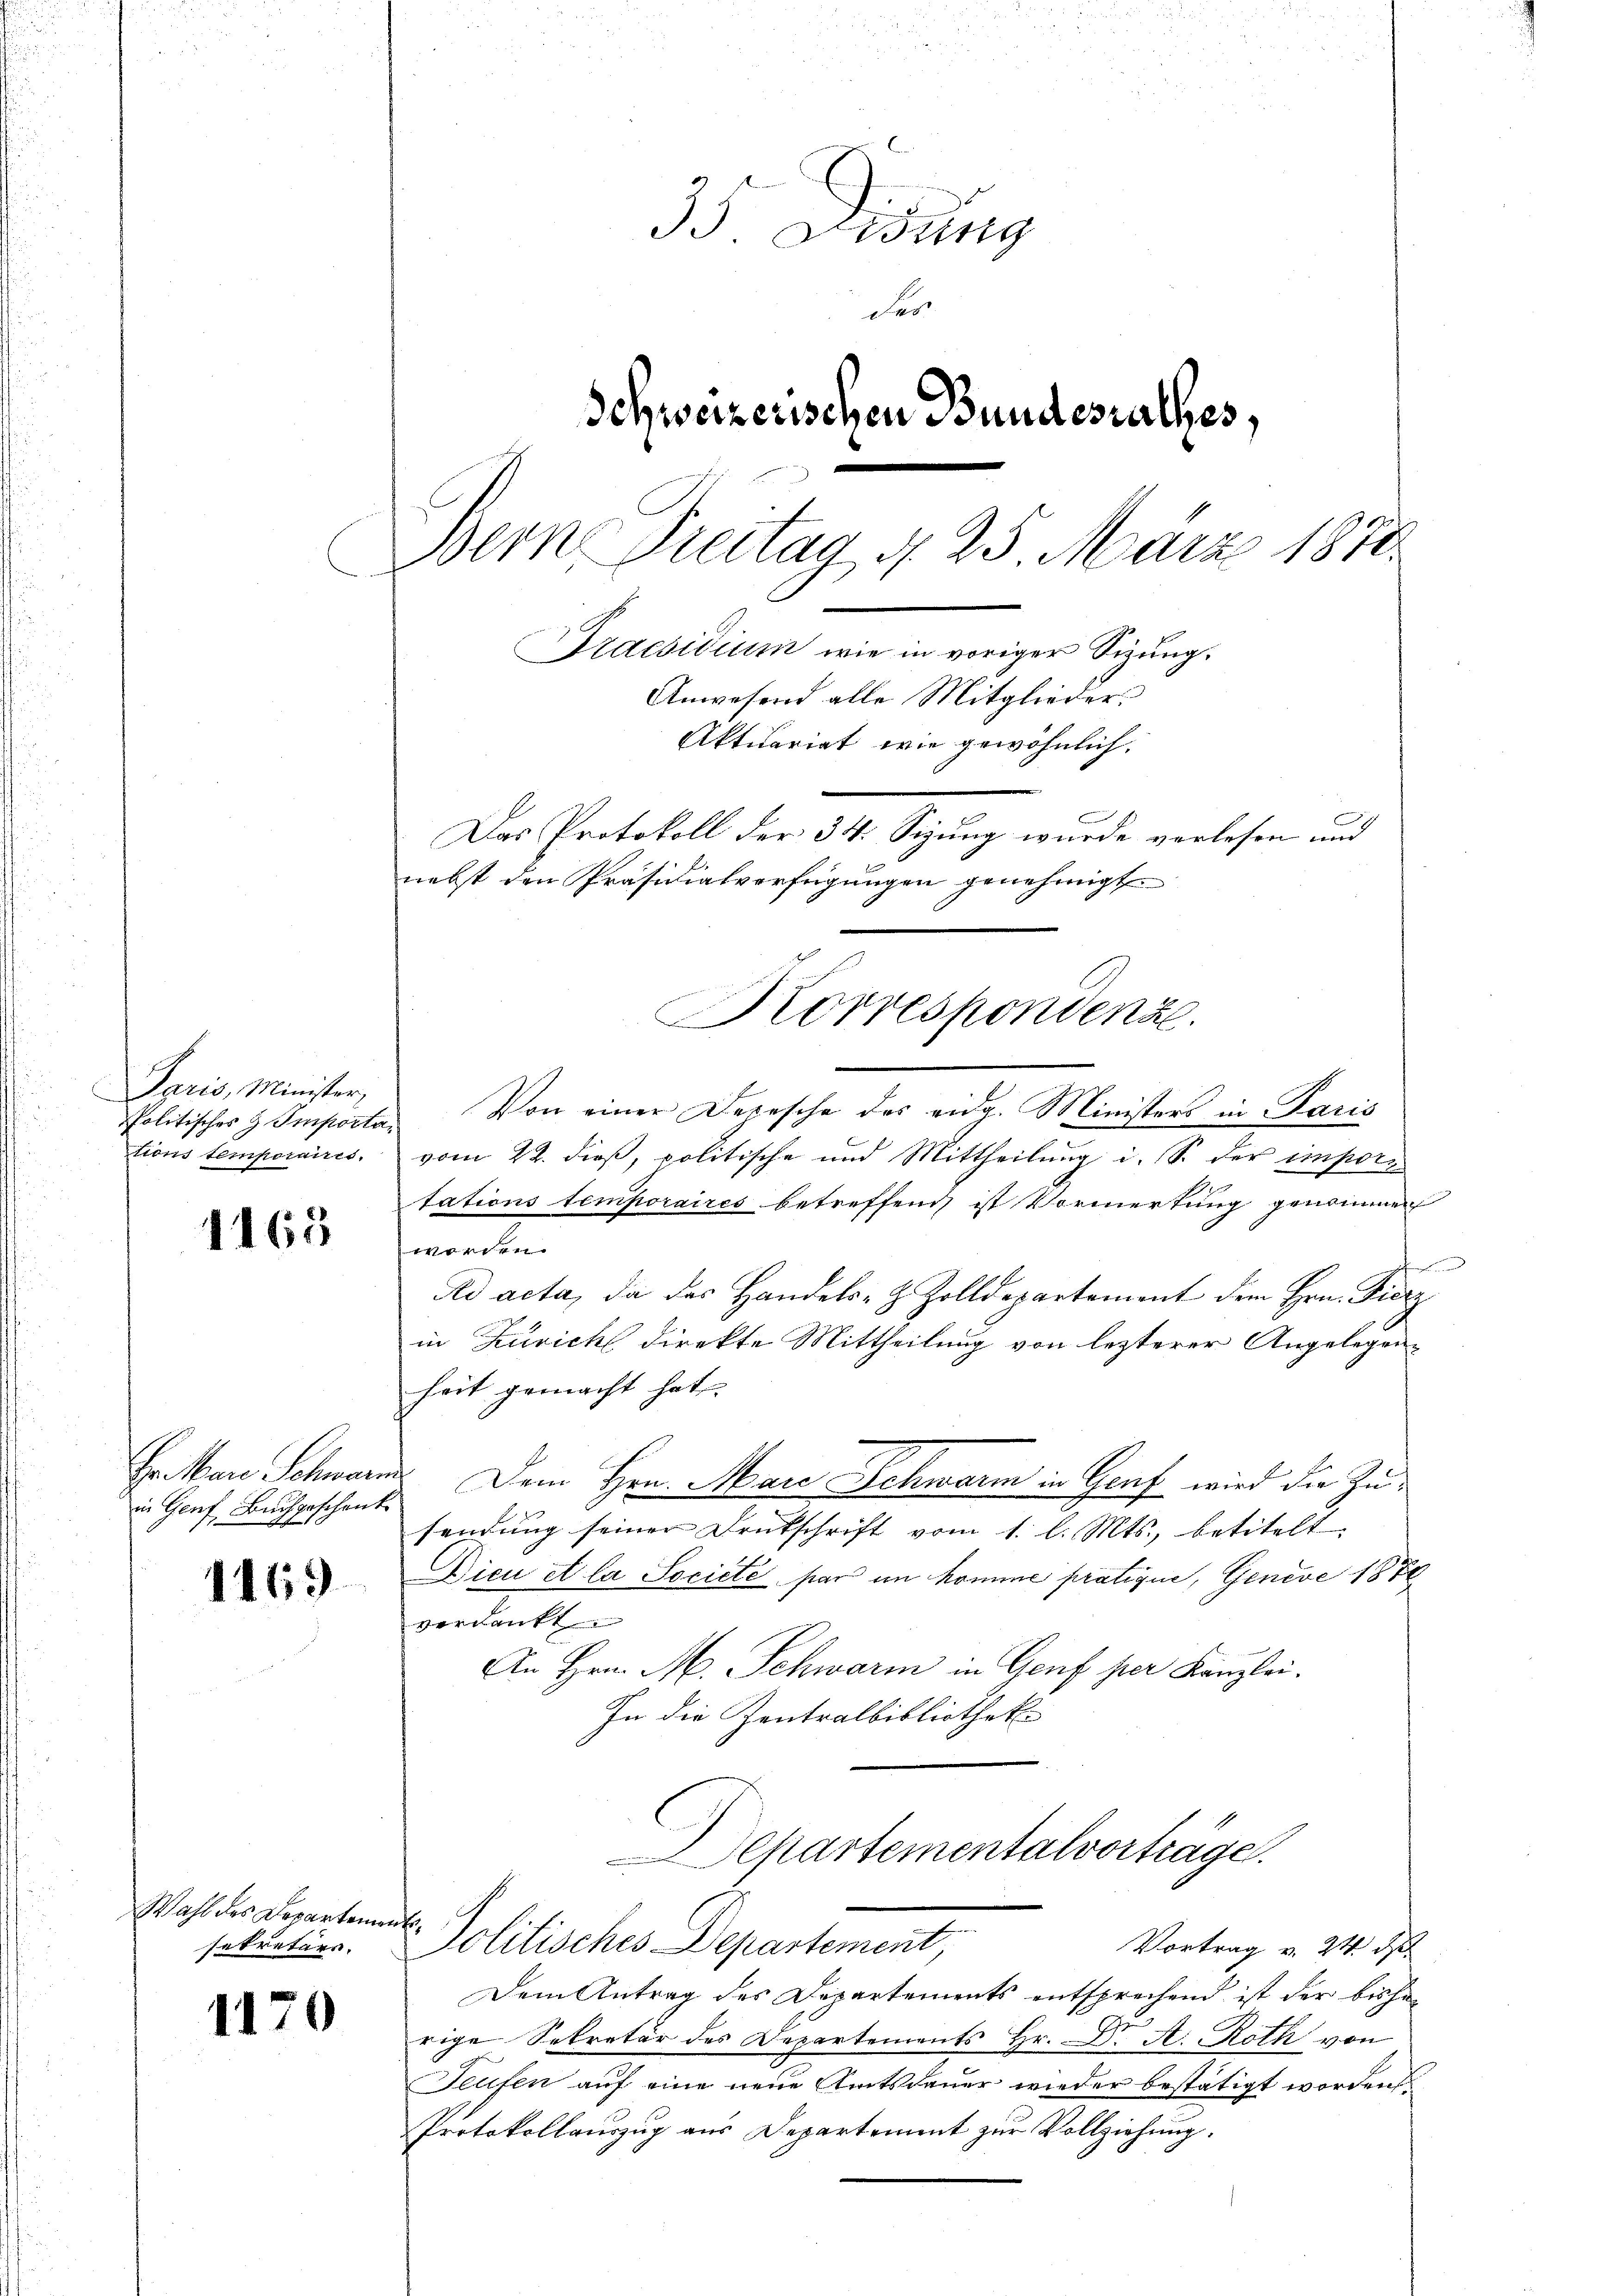
Paris, Minister,
Politisches H Importa
tions temporaires.

1165

Hr. Man Schwarm
in Genf, Buchgeschenk

1169

Wahl des Departemen
sekretäre.

1170

35 Didung
Fes
Schweizerischen Bundesrathes,
Bern Preitag d. 25 März 1870.
Praesidium, wie in voriger Sizung.
Anwesend alle Mitglieder.
Aktuariat wie gewöhnlich,
Das Protokoll der 34. Sizung wurde verlesen und
nebst den Präsidialverfügungen genehmigt
Korrespondenze

Von einer Depesche des eidg. Ministers in Paris
vom 22. dieß, politische und Mittheilung i. S. der imporz
tations temporaires betreffend ist Vormerkung genommen
worden.

Ad acta, da des Handels- & Zolldepartement dem Hrn. Fierz
in Zürich direkte Mittheilung von lezterer Angelegenheit gemacht hat. |
 Dem Hrn. Mare Schwarm in Graf wird die Zusendung seiner Deutschrift vom 1. l. Mts., betitelt
Dicu et la Societe par im komme pratique, Genève 1876
verdankt.
An Hrn. M. Schwarm in Genf per Kanzlei.
In die Zentralbibliothek

Separtementalvorträge.
E. Politisches Departement,
Vortrag v. 24. ds

Dem Antrag des Departements entsprechend ist der bisherige Sekretär des Departements Hr. Dr. A. Roth von
Teufen auf eine neue Amtsdauer wieder bestätigt worden.
Protokollauszug aus Departement zur Vollziehung.